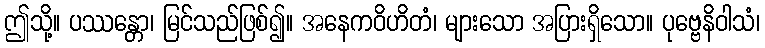
ဤသို့။ ပဿန္တော၊ မြင်သည်ဖြစ်၍။ အနေကဝိဟိတံ၊ များသော အပြားရှိသော။ ပုဗ္ဗေနိဝါသံ၊